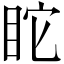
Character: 𥄻